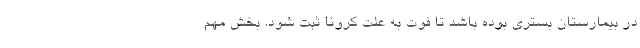
در بیمارستان بستری بوده باشد تا فوت به علت کرونا ثبت شود. بخش مهم